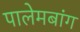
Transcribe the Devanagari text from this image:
पालेमबांग